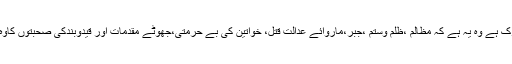
انہوں نے کہاکہ ہم میں اورکشمیریوں میں جوچیزمشترک ہے وہ یہ ہے کہ مظالم ،ظلم وستم ،جبر،ماروائے عدالت قتل، خواتین کی بے حرمتی،جھوٹے مقدمات اور قیدوبندکی صحبتوں کاوہ دورہم بھی دیکھاہے جوکشمیری عوام پرڈھائے گئے۔